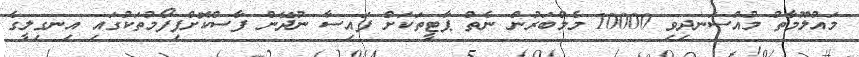
މައުލޫމާތު މުއްސަނދިވި 10000 މެމްބަރުން ނެތް ޕާޓީތަކަށް ފައިސާ ނުދޭން ފާސްކޮށްފިފޯމުތަކުގައި އިނގިލީގެ